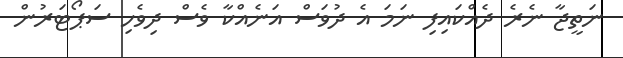
ނަތީޖާ ނެރެ ދެއްކައިފި ނަމަ އެ ދުވަސް އަނެއްކާ ވެސް ދިވެހި ސަޕޯޓަރުން